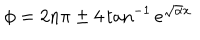
\phi = 2 n \pi \pm 4 \tan ^ { - 1 } e ^ { \sqrt { \alpha } x }